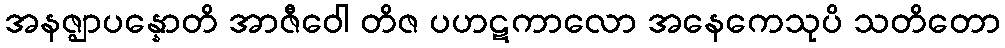
အနဇ္ဈာပန္နောတိ အာဇီဝေါ တိဇ ပဟဋကာလော အနေကေသုပိ သတိတော